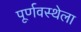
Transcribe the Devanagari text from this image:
पूर्णवस्थेला